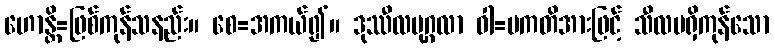
ဟောန္တိ=ဖြစ်ကုန်သနည်း။ စေ=အကယ်၍။ ဒုဿီလပုဂ္ဂလာ ဝါ=ပကတိအားဖြင့် သီလမရှိကုန်သော